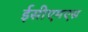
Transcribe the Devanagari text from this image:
ईसीएमएस